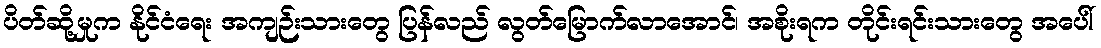
ပိတ်ဆို့မှုက နိုင်ငံရေး အကျဉ်းသားတွေ ပြန်လည် လွတ်မြောက်လာအောင်၊ အစိုးရက တိုင်းရင်းသားတွေ အပေါ်